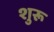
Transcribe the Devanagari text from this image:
शुरू